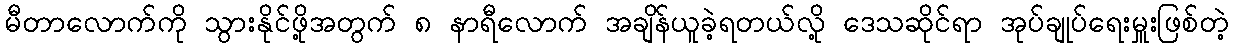
မီတာလောက်ကို သွားနိုင်ဖို့အတွက် ၈ နာရီလောက် အချိန်ယူခဲ့ရတယ်လို့ ဒေသဆိုင်ရာ အုပ်ချုပ်ရေးမှူးဖြစ်တဲ့